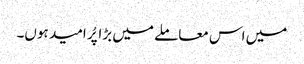
میں اس معاملے میں بڑا پُر امید ہوں۔